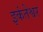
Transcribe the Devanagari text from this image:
इकंतेश्वर